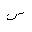
Letter: _sin